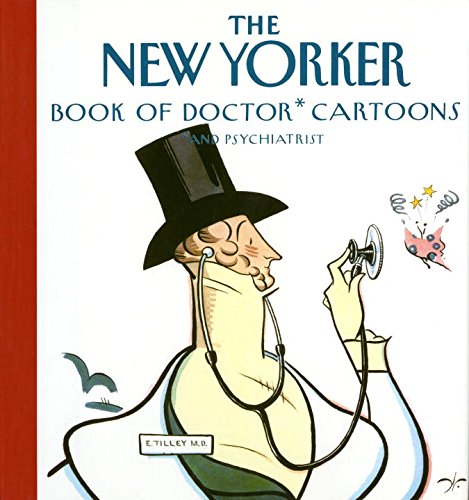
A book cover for The New Yorker Book of Doctor Cartoons; New Yorker; Humor & Entertainment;